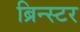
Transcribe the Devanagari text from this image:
ब्रिन्स्टर